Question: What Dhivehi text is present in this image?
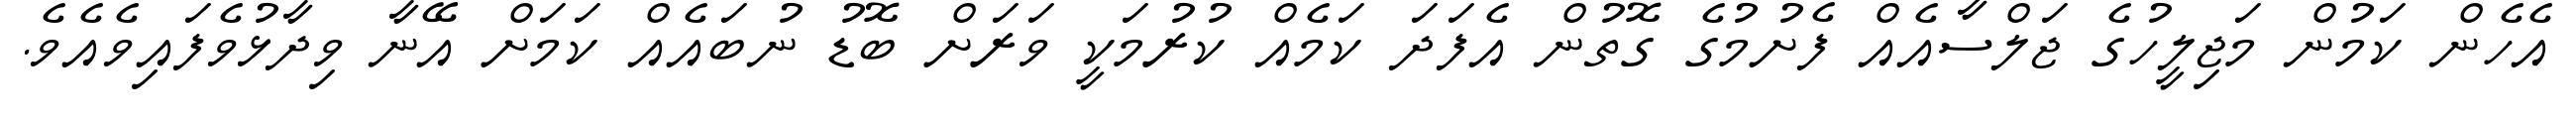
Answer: އެހެން ކަމުން މަޖިލީހުގެ ޖަލްސާއެއް ފެށުމުގެ ގޮތުން އެފަދަ ކަމެއް ކުރުމަކީ ވަރަށް ބޮޑު ނުބައެއް ކަމަށް އޭނާ ވިދާޅުވެފައިވެއެވެ.